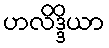
ဟလိဒ္ဒိယာ